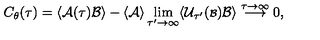
C _ { \theta } ( \tau ) = \langle { \cal A } ( \tau ) { \cal B } \rangle - \langle { \cal A } \rangle \lim _ { \tau ^ { \prime } \rightarrow \infty } \langle { \cal U } _ { \tau ^ { \prime } } ( { \scriptstyle { \cal B } } ) { \cal B } \rangle \stackrel { \tau \rightarrow \infty } { \longrightarrow } 0 ,